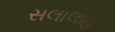
સલાલાહ